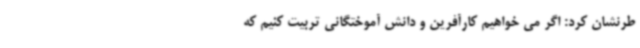
طرنشان کرد: اگر می خواهیم کارآفرین و دانش آموختگانی تربیت کنیم که